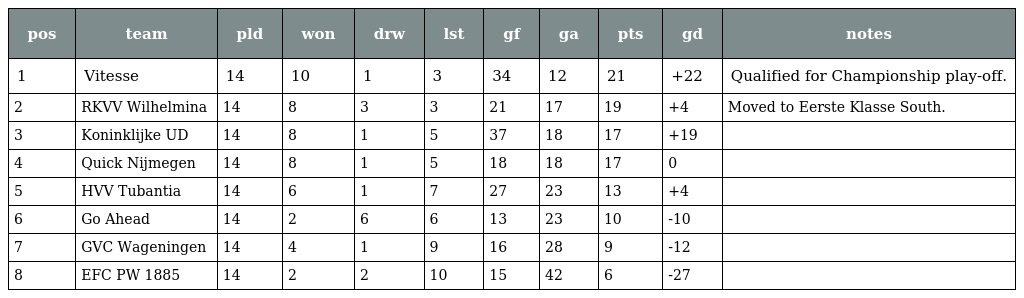
| pos | team | pld | won | drw | lst | gf | ga | pts | gd | notes |
 | --- | --- | --- | --- | --- | --- | --- | --- | --- | --- | --- |
 | 1 | Vitesse | 14 | 10 | 1 | 3 | 34 | 12 | 21 | +22 | Qualified for Championship play-off. |
 | 2 | RKVV Wilhelmina | 14 | 8 | 3 | 3 | 21 | 17 | 19 | +4 | Moved to Eerste Klasse South. |
 | 3 | Koninklijke UD | 14 | 8 | 1 | 5 | 37 | 18 | 17 | +19 |  |
 | 4 | Quick Nijmegen | 14 | 8 | 1 | 5 | 18 | 18 | 17 | 0 |  |
 | 5 | HVV Tubantia | 14 | 6 | 1 | 7 | 27 | 23 | 13 | +4 |  |
 | 6 | Go Ahead | 14 | 2 | 6 | 6 | 13 | 23 | 10 | -10 |  |
 | 7 | GVC Wageningen | 14 | 4 | 1 | 9 | 16 | 28 | 9 | -12 |  |
 | 8 | EFC PW 1885 | 14 | 2 | 2 | 10 | 15 | 42 | 6 | -27 |  |